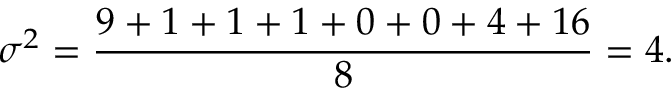
\sigma ^ { 2 } = { \frac { 9 + 1 + 1 + 1 + 0 + 0 + 4 + 1 6 } { 8 } } = 4 .